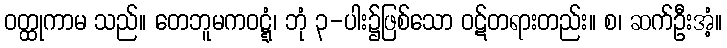
ဝတ္ထုကာမ သည်။ တေဘူမကဝဋ္ဋံ၊ ဘုံ ၃-ပါး၌ဖြစ်သော ဝဋ်တရားတည်း။ စ၊ ဆက်ဦးအံ့။